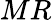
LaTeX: MR